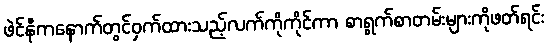
ဖဲင်နီကနောက်တွင်ဝှက်ထားသည့်လက်ကိုကိုင်ကာ စာရွက်စာတမ်းများကိုဖတ်ရင်း